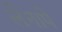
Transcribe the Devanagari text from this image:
लेनापे